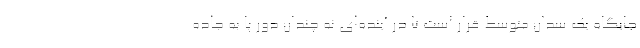
جایگاه یک سدان متوسط قرار است تا در آینده‌ای نه چندان دور پا به جاده